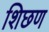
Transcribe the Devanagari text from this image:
शिछण